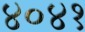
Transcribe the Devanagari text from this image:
४०४१